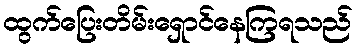
ထွက်ပြေးတိမ်းရှောင်နေကြရသည်